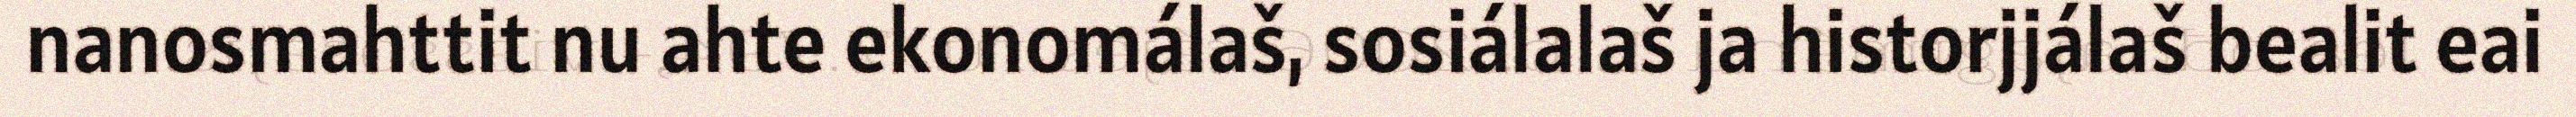
nanosmahttit nu ahte ekonomálaš, sosiálalaš ja historjjálaš bealit eai